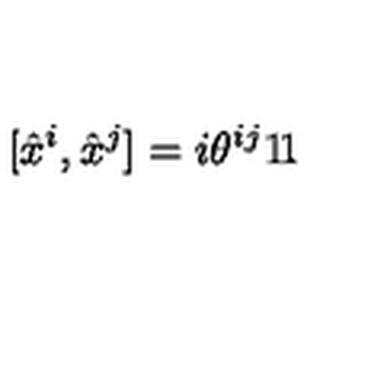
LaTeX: [ \hat { x } ^ { i } , \hat { x } ^ { j } ] = i \theta ^ { i j } { \rlap { 1 } \mathrm { 1 } } .